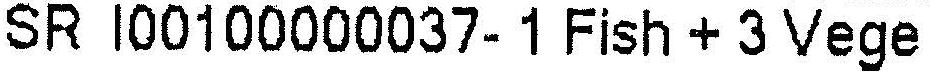
SR I00100000037- 1 FISH + 3 VEGE